Lunatic asylums Central Provinces reports 1895-1909 - 1895-1909
Year: 1895
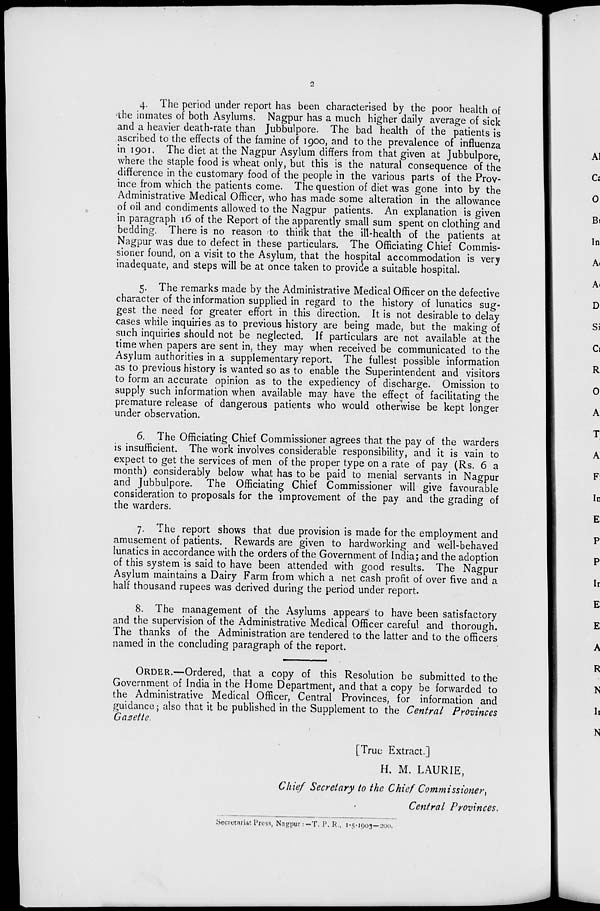
2
4. The period under report has been characterised by the poor health of
the inmates of both Asylums. Nagpur has a much higher daily average of sick
and a heavier death-rate than Jubbulpore. The bad health of the patients is
ascribed to the effects of the famine of 1900, and to the prevalence of influenza
in 1901. The diet at the Nagpur Asylum differs from that given at Jubbulpore,
where the staple food is wheat only, but this is the natural consequence of the
difference in the customary food of the people in the various parts of the Prov-
ince from which the patients come. The question of diet was gone into by the
Administrative Medical Officer, who has made some alteration in the allowance
of oil and condiments allowed to the Nagpur patients. An explanation is given
in paragraph 16 of the Report of the apparently small sum spent on clothing and
bedding. There is no reason to think that the ill-health of the patients at
Nagpur was due to defect in these particulars. The Officiating Chief Commis-
sioner found, on a visit to the Asylum, that the hospital accommodation is very
inadequate, and steps will be at once taken to provide a suitable hospital.
5. The remarks made by the Administrative Medical Officer on the defective
character of the information supplied in regard to the history of lunatics sug-
gest the need for greater effort in this direction. It is not desirable to delay
cases while inquiries as to previous history are being made, but the making of
such inquiries should not be neglected. If particulars are not available at the
time when papers are sent in, they may when received be communicated to the
Asylum authorities in a supplementary report. The fullest possible information
as to previous history is wanted so as to enable the Superintendent and visitors
to form an accurate opinion as to the expediency of discharge. Omission to
supply such information when available may have the effect of facilitating the
premature release of dangerous patients who would otherwise be kept longer
under observation.
6. The Officiating Chief Commissioner agrees that the pay of the warders
is insufficient. The work involves considerable responsibility, and it is vain to
expect to get the services of men of the proper type on a rate of pay (Rs. 6 a
month) considerably below what has to be paid to menial servants in Nagpur
and Jubbulpore. The Officiating Chief Commissioner will give favourable
consideration to proposals for the improvement of the pay and the grading of
the warders.
7. The report shows that due provision is made for the employment and
amusement of patients. Rewards are given to hardworking and well-behaved
lunatics in accordance with the orders of the Government of India; and the adoption
of this system is said to have been attended with good results. The Nagpur
Asylum maintains a Dairy Farm from which a net cash profit of over five and a
half thousand rupees was derived during the period under report.
8. The management of the Asylums appears to have been satisfactory
and the supervision of the Administrative Medical Officer careful and thorough.
The thanks of the Administration are tendered to the latter and to the officers
named in the concluding paragraph of the report.
ORDER.—Ordered, that a copy of this Resolution be submitted to the
Government of India in the Home Department, and that a copy be forwarded to
the Administrative Medical Officer, Central Provinces, for information and
guidance; also that it be published in the Supplement to the Central Provinces
Gazette.
[True Extract.]
H. M. LAURIE,
Chief Secretary to the Chief Commissioner,
Central Provinces.
Secretariat Press, Nagpur:—T. P. R., 1-5-1903—200.